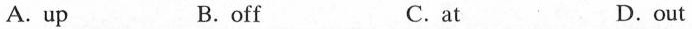
A.up B.off C.at D.out